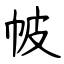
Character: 帔